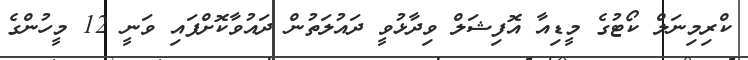
ކްރިމިނަލް ކޯޓުގެ މީޑިއާ އޮފިޝަލް ވިދާޅުވީ ދައުލަތުން ދައުވާކޮށްފައި ވަނީ 12 މީހުންގެ